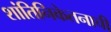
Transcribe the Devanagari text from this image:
शांतिनिकेतनाची